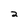
Character: 2